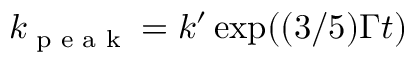
k _ { \textrm { p e a k } } = k ^ { \prime } \exp ( ( 3 / 5 ) \Gamma t )